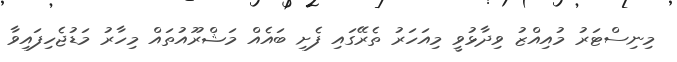
މިނިސްޓަރު މުއިއްޒު ވިދާޅުވީ މިއަހަރު ތެރޭގައި ފެށި ބައެއް މަޝްރޫއުތައް މިހާރު މަޑުޖެހިފައިވާ